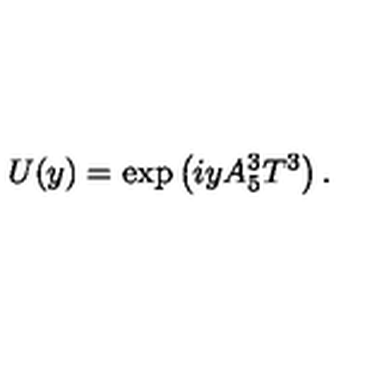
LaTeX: U ( y ) = \exp \left( i y A _ { 5 } ^ { 3 } T ^ { 3 } \right) .